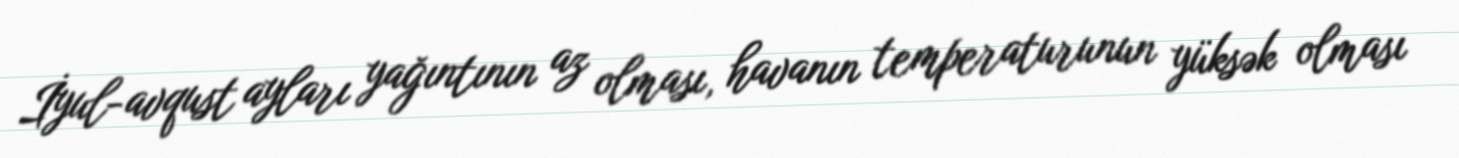
İyul-avqust ayları yağıntının az olması, havanın temperaturunun yüksək olması